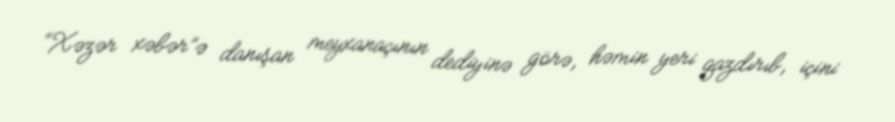
“Xəzər xəbər”ə danışan meyxanaçının dediyinə görə, həmin yeri qazdırıb, içini